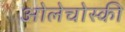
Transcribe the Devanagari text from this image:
ओलेचोस्की